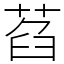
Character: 萏